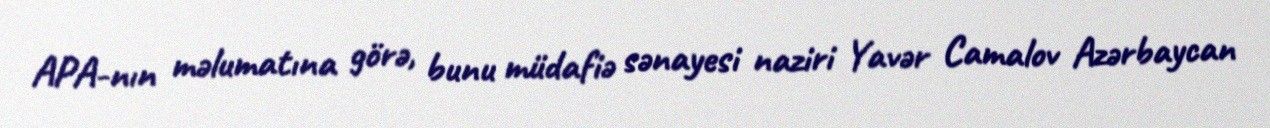
APA-nın məlumatına görə, bunu müdafiə sənayesi naziri Yavər Camalov Azərbaycan